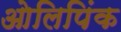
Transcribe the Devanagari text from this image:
ओलिपिंक